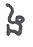
ង